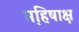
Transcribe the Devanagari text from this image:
महि़षाक्ष